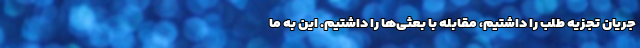
جریان تجزیه طلب را داشتیم، مقابله با بعثی‌ها را داشتیم. این به ما